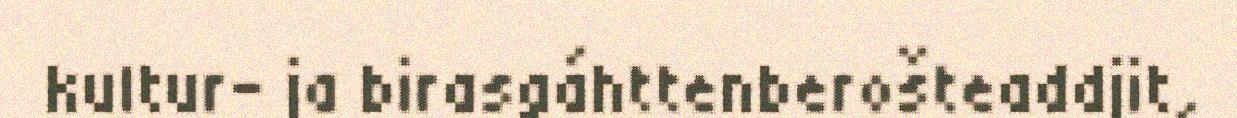
kultur- ja birasgáhttenberošteaddjit,